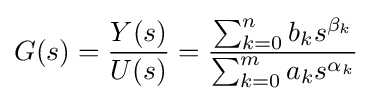
G(s)={\frac {Y(s)}{U(s)}}={\frac {\sum _{k=0}^{n}b_{k}s^{\beta _{k}}}{\sum _{k=0}^{m}a_{k}s^{\alpha _{k}}}}